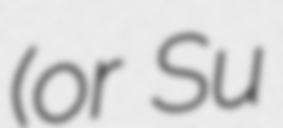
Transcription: (or Su